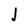
Character: J